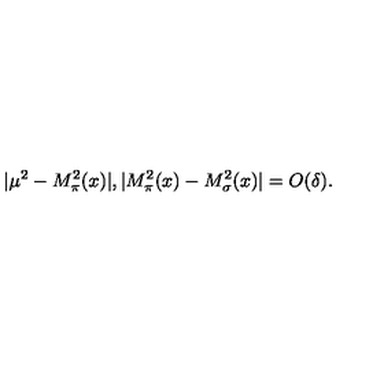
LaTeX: | \mu ^ { 2 } - M _ { \pi } ^ { 2 } ( x ) | , | M _ { \pi } ^ { 2 } ( x ) - M _ { \sigma } ^ { 2 } ( x ) | = O ( \delta ) .